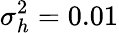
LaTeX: \sigma_{h}^{2}=0.01